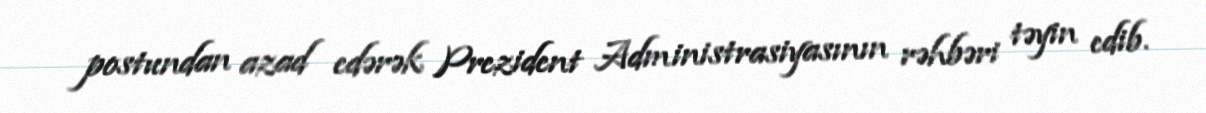
postundan azad edərək Prezident Administrasiyasının rəhbəri təyin edib.